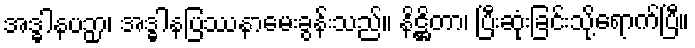
အဒ္ဓါနပဉှာ၊ အဒ္ဓါနပြဿနာမေးခွန်းသည်။ နိဋ္ဌိတာ၊ ပြီးဆုံးခြင်းသို့ရောက်ပြီ။